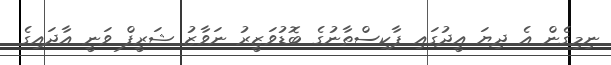
ނިމިގެން އެ ދިޔަ އީދުގައި ޕާކިސްތާނުގެ ބޮޑުވަޒީރު ނަވާޒު ޝަރީފް ވަނީ އާދައިގެ